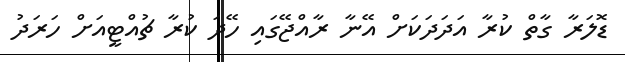
ޑޮލަރާ ގާތް ކުރާ އަދަދަކަށް އޭނާ ރާއްޖޭގައި ހޭދަ ކުރާ ޗުއްޓީއަށް ހަރަދު